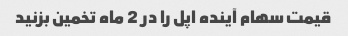
قیمت سهام آینده اپل را در 2 ماه تخمین بزنید